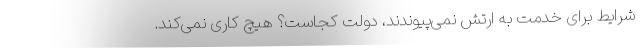
شرایط برای خدمت به ارتش نمی‌پیوندند، دولت کجاست؟ هیچ کاری نمی‌کند.